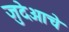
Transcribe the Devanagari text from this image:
जुदेआचे